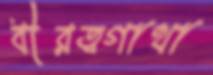
বীরত্বগাথা